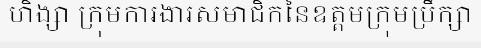
ហិង្សា ក្រុមការងារសមាជិកនៃឧត្តមក្រុមប្រឹក្សា